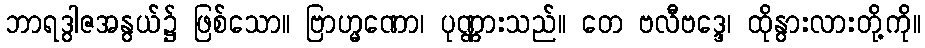
ဘာရဒွါဇအနွယ်၌ ဖြစ်သော။ ဗြာဟ္မဏော၊ ပုဏ္ဏားသည်။ တေ ဗလီဗဒ္ဒေ၊ ထိုနွားလားတို့ကို။